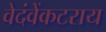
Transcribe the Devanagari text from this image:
वेदंवेंकटराय